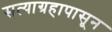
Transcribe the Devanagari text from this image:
सत्याग्रहापासून